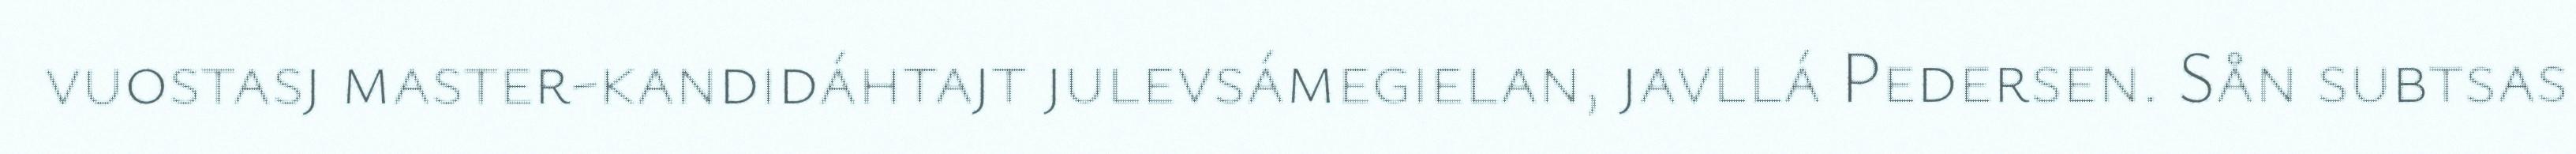
vuostasj master-kandidáhtajt julevsámegielan, javllá Pedersen. Sån subtsas